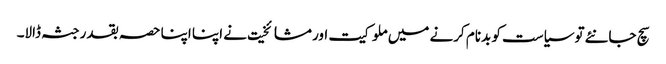
سچ جانئے توسیاست کو بدنام کرنے میں ملوکیت اور مشائخیت نے اپنا اپنا حصہ بقدر جثہ ڈالا۔